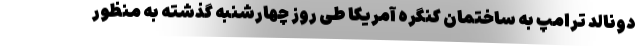
دونالد ترامپ به ساختمان کنگره آمریکا طی روز چهارشنبه گذشته به منظور